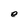
Character: e